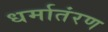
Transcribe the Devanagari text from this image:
धर्मातंरण